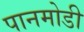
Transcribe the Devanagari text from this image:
पानमोडी